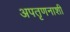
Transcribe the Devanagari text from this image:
अपतृणनाशी